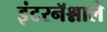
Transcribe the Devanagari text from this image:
इंटरनॅश्नाले